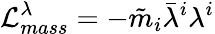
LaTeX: {\cal L}_{mass}^{\lambda}=-{\tilde{m}}_{i}\bar{\lambda}^{i}\lambda^{i}